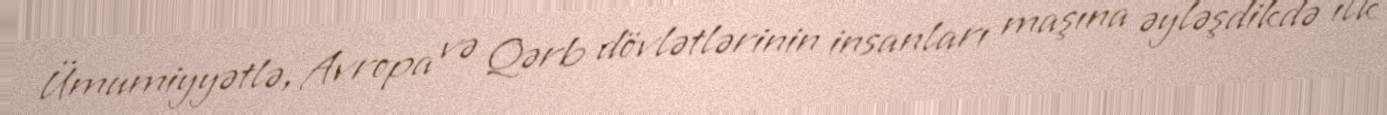
Ümumiyyətlə, Avropa və Qərb dövlətlərinin insanları maşına əyləşdikdə ilk